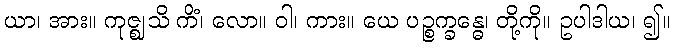
ယာ၊ အား။ ကုဇ္ဈသိ ကိံ၊ လော။ ဝါ၊ ကား။ ယေ ပဉ္စက္ခန္ဓေ၊ တို့ကို။ ဥပါဒါယ၊ ၍။